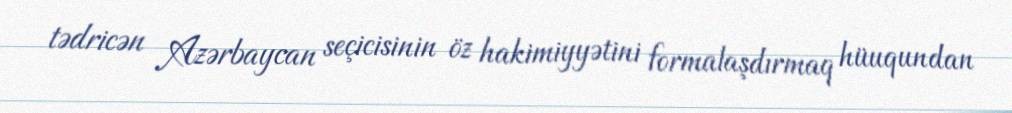
tədricən Azərbaycan seçicisinin öz hakimiyyətini formalaşdırmaq hüuqundan